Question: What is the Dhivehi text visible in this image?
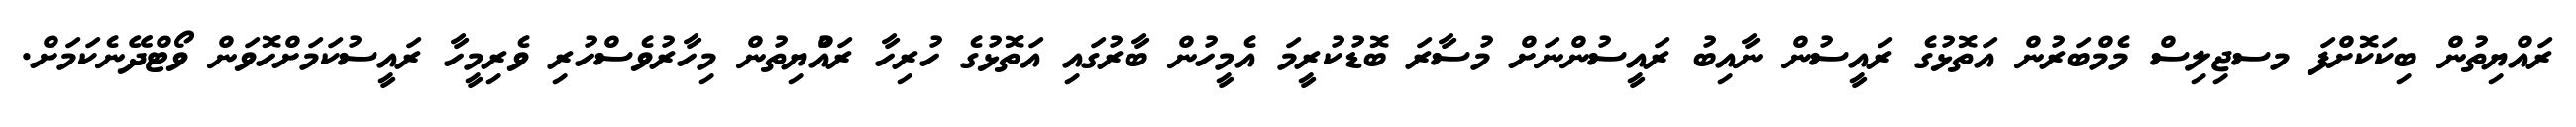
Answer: ރައްޔިތުން ބިކަކޮށްފަ މސޖިލިސް މެމްބަރުން އަތޮޅުގެ ރައީސުން ނާއިބު ރައީސުންނަށް މުސާރަ ބޮޑުކުރީމަ އެމީހުން ބާރުގައި އަތޮޅުގެ ހުރިހާ ރައްުޔިތުން މިހާރުވެސްހުރި ވެރިމީހާ ރައީސުކަމަށްހޮވަން ވޯޓްދޭނެކަމަށް.